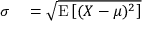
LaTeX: \begin{array} { r l } { \sigma } & { { } = { \sqrt { \operatorname { E } \left[ ( X - \mu ) ^ { 2 } \right] } } } \end{array}